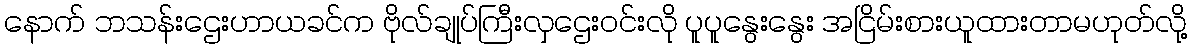
နောက် ဘသန်းဌေးဟာယခင်က ဗိုလ်ချုပ်ကြီးလှဌေးဝင်းလို ပူပူနွေးနွေး အငြိမ်းစားယူထားတာမဟုတ်လို့